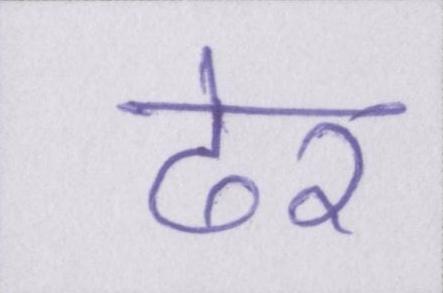
ढेर